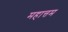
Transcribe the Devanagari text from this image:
महात्तम